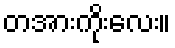
တအားကိုးလေး။